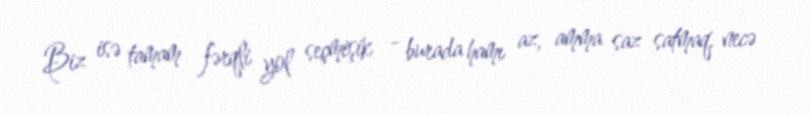
Biz isə tamam fərqli yol seçmişik - burada hamı az, amma saz satmaq, necə